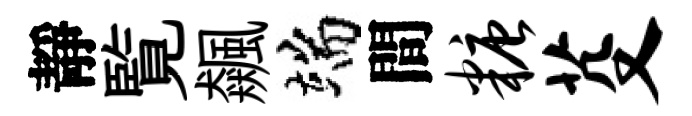
靜覧飆端間糖芟